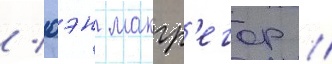
/ юэн макгр'егор /